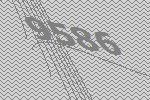
9586